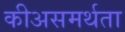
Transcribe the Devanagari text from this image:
कीअसमर्थता